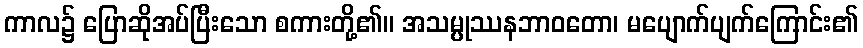
ကာလ၌ ပြောဆိုအပ်ပြီးသော စကားတို့၏။ အသမ္ပုဿနဘာဝတော၊ မပျောက်ပျက်ကြောင်း၏